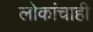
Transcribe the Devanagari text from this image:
लोकांचाही